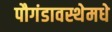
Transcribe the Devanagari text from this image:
पौगंडावस्थेमधे